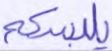
يلبسكم